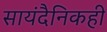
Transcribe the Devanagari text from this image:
सायंदैनिकही